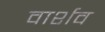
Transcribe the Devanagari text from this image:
वार्शव